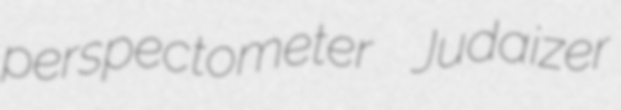
perspectometer Judaizer